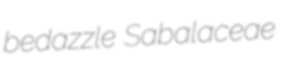
bedazzle Sabalaceae